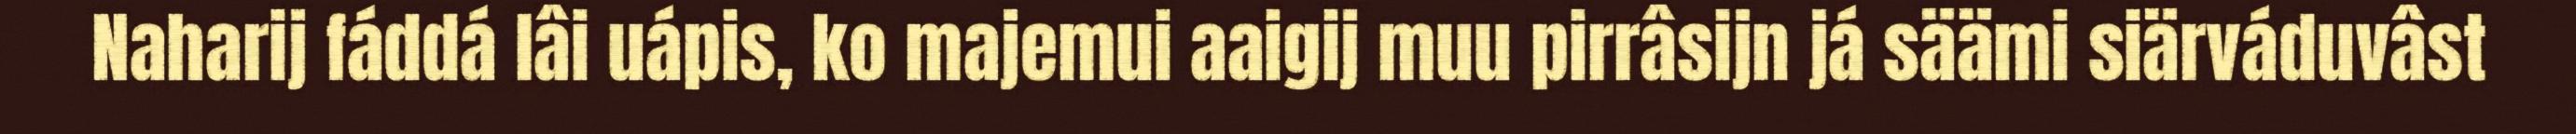
Naharij fáddá lâi uápis, ko majemui aaigij muu pirrâsijn já säämi siärváduvâst